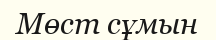
Мөст сұмын